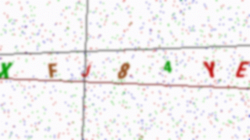
Text: XFJ84YE